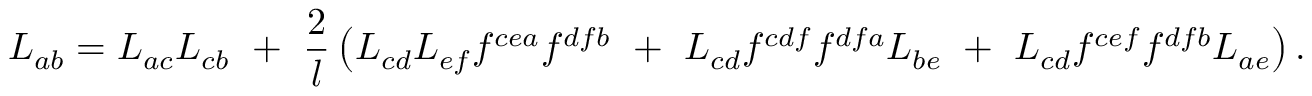
L _ { a b } = L _ { a c } L _ { c b } ~ + ~ \frac { 2 } { l } \left( L _ { c d } L _ { e f } f ^ { c e a } f ^ { d f b } ~ + ~ L _ { c d } f ^ { c d f } f ^ { d f a } L _ { b e } ~ + ~ L _ { c d } f ^ { c e f } f ^ { d f b } L _ { a e } \right) .